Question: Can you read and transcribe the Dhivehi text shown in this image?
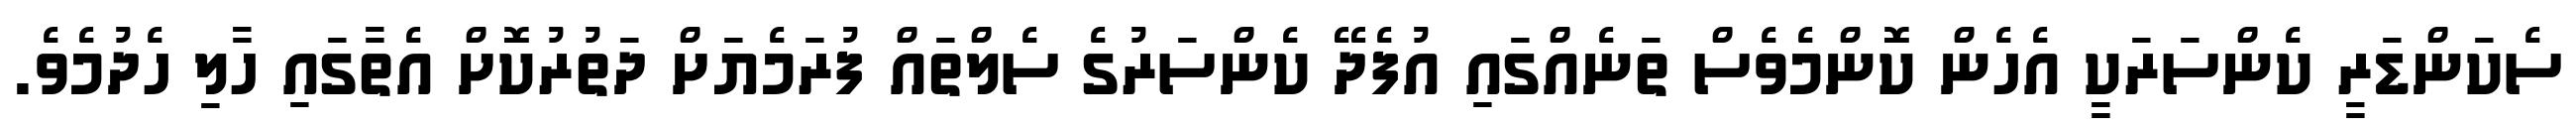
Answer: ސެކަންޑަރީ ކެންސަރަކީ އެހެން ކޮންމެވެސް ތަނެއްގައި އުފެދޭ ކެންސަރުގެ ސެލްތައް ފުރަމެޔަށް ދަތުރުކޮށް އެތާގައި ހާލި ހެދުމެވެ.